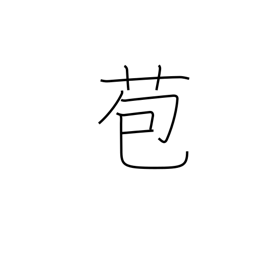
Meaning: bract